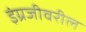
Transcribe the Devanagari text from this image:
इंग्रजीवरील